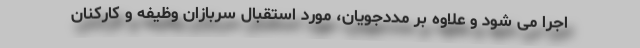
اجرا می شود و علاوه بر مددجویان، مورد استقبال سربازان وظیفه و کارکنان